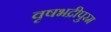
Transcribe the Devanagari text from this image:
वृषभद्रीपुरम